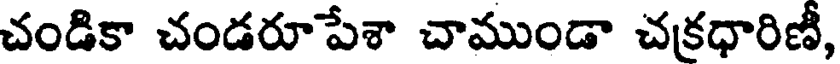
చండికా చండరూపేశా చాముండా చక్రధారిణీ,